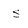
Character: S